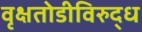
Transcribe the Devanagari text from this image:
वृक्षतोडीविरुद्ध